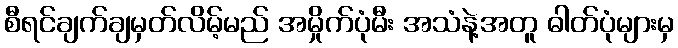
စီရင်ချက်ချမှတ်လိမ့်မည် အမှိုက်ပုံမီး အသံနဲ့အတူ ဓါတ်ပုံများမှ